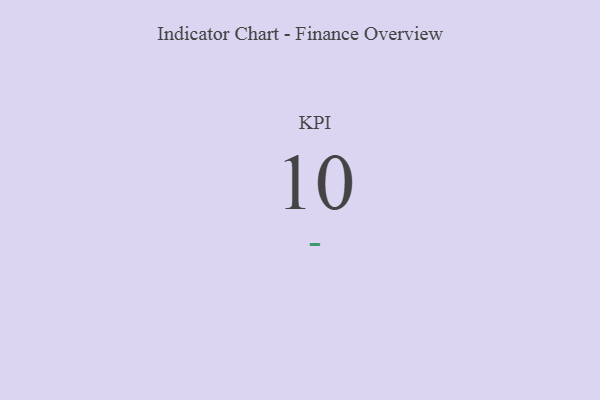
{"axis": {"x": "KPI", "y": "Value"}, "legend": [""], "data": [{"x": "KPI", "y": 10, "type": ""}]}